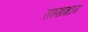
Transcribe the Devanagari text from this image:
राइखश्टाग